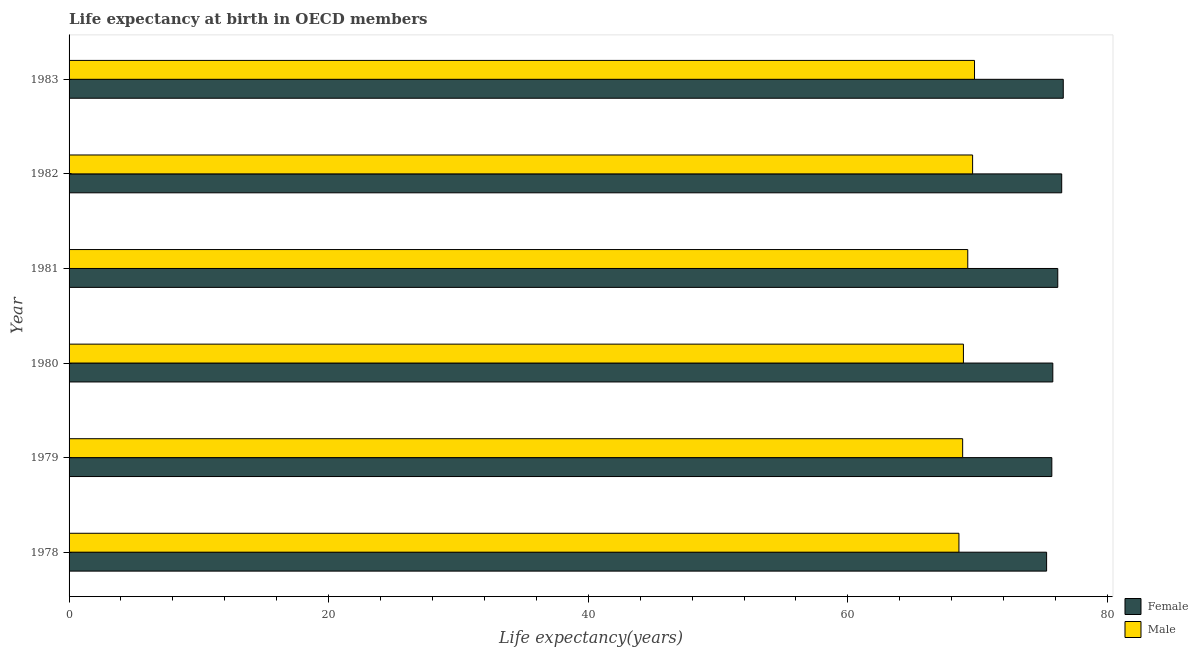
| Year | Female | Male |
 | --- | --- | --- |
 | 1978 | 75.3 | 68.6 |
 | 1979 | 75.7 | 68.8 |
 | 1980 | 75.8 | 68.9 |
 | 1981 | 76.2 | 69.2 |
 | 1982 | 76.5 | 69.6 |
 | 1983 | 76.6 | 69.8 |